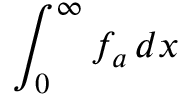
\int _ { 0 } ^ { \infty } f _ { a } \, d x